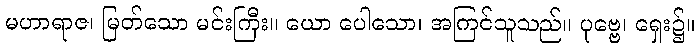
မဟာရာဇ၊ မြတ်သော မင်းကြီး။ ယော ပေါသော၊ အကြင်သူသည်။ ပုဗ္ဗေ၊ ရှေး၌။